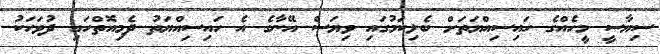
ސިޔާސީ މީހެއްގެ ހައިސިއްޔަތަށް ބެލިކަމުގައި ވިޔަސް އޭނާގެ އެ ހައިސިއްޔަތު ދެމިއޮތްހައި ދުވަހަކު